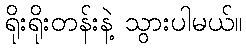
ရိုးရိုးတန်းနဲ့ သွားပါမယ်။